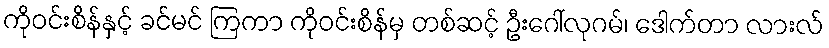
ကိုဝင်းစိန်နှင့် ခင်မင် ကြကာ ကိုဝင်းစိန်မှ တစ်ဆင့် ဦးဂေါ်လုဂမ်၊ ဒေါက်တာ လားလ်